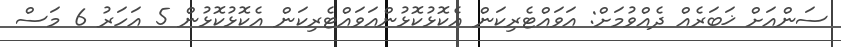
ސަންއަށް ޚަބަރެއް ދެއްވުމަށް: އަވައްޓެރިކަން އެކޮޅުކޮޅުންއަވައްޓެރިކަން އެކޮޅުކޮޅުން 5 އަހަރު 6 މަސް